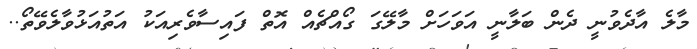
މާލެ އާދެވުނީ ދެން ބަލާނީ އަވަހަށް މާލޭގަ ގޯއްޗެއް އޮތް ފައިސާވެރިއަކު އަތުއަޅުވާލެވޭތޯ..